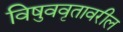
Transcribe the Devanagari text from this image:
विषुववृतावरील